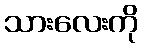
သားလေးကို